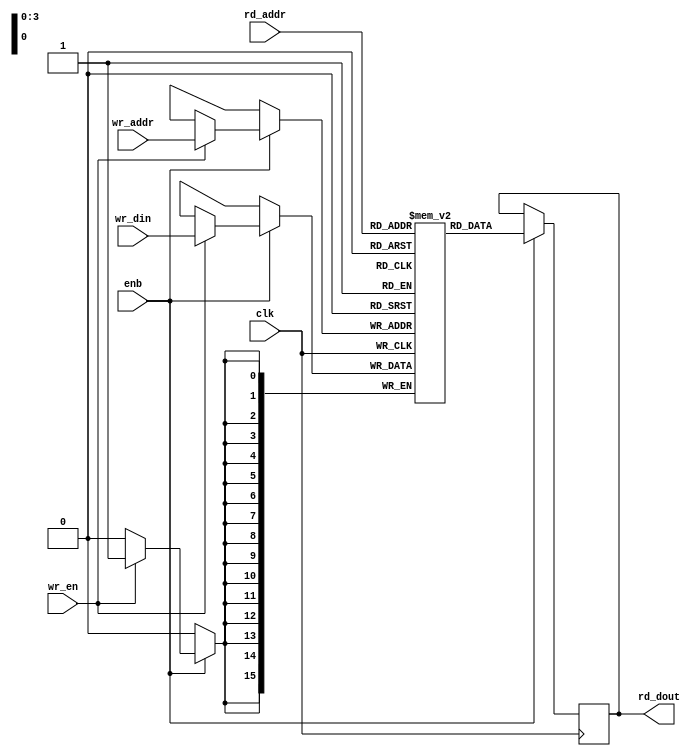
// -------------------------------------------------------------
// 
// 
// Generated by MATLAB 8.5 and HDL Coder 3.6
// 
// -------------------------------------------------------------


// -------------------------------------------------------------
// 
// Module: SimpleDualPortRAM_16x16b
// Source Path: fft_st/fft_st/FFT HDL Optimized/RADIX2FFT_KernelF_2/dataMEM_re_0_2_16x16b/SimpleDualPortRAM_16x16b
// Hierarchy Level: 4
// 
// -------------------------------------------------------------

`timescale 1 ns / 1 ns

module SimpleDualPortRAM_16x16b
          (
           clk,
           enb,
           wr_din,
           wr_addr,
           wr_en,
           rd_addr,
           rd_dout
          );


  input   clk;
  input   enb;
  input   signed [15:0] wr_din;  // sfix16
  input   [3:0] wr_addr;  // ufix4
  input   wr_en;  // ufix1
  input   [3:0] rd_addr;  // ufix4
  output  signed [15:0] rd_dout;  // sfix16

  parameter addr_width = 3'd4;
  parameter data_width = 5'd16;

  reg  [data_width - 1:0] ram [2**addr_width - 1:0];
  reg  [data_width - 1:0] data_int;
  integer i;

  initial begin
    for (i=0; i<=2**addr_width - 1; i=i+1) begin
      ram[i] = 0;
    end
    data_int = 0;
  end


  always @(posedge clk)
    begin : SimpleDualPortRAM_16x16b_process
      if (enb == 1'b1) begin
        if (wr_en == 1'b1) begin
          ram[wr_addr] <= wr_din;
        end
        data_int <= ram[rd_addr];
      end
    end

  assign rd_dout = data_int;

endmodule  // SimpleDualPortRAM_16x16b